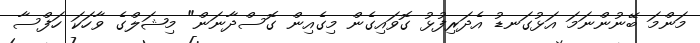
މަންމަ ބޭނުންނަމަ އަޅުގަނޑު އެދަރިފުޅު ގޮވައިގެން މިގެއިން ގޮސްދާނަން" މިޝަލްގެ ވާހަކަ ހަފްސާ